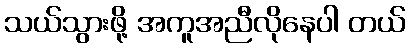
သယ်သွားဖို့ အကူအညီလိုနေပါ တယ်